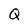
Character: Q